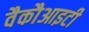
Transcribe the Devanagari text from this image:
वैकौआइटी